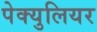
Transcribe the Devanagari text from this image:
पेक्युलियर